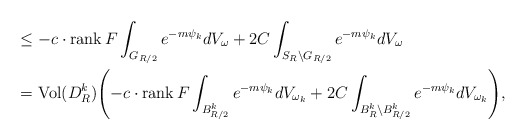
\begin{align*} &\leq-c\cdot\mathrm{rank}\,F\int_{G_{R/2}}e^{-m\psi_k}dV_\omega+2C\int_{S_R\setminus G_{R/2}}e^{-m\psi_k}dV_\omega\\ &= \mathrm{Vol}(D^k_R)\Biggl(-c\cdot\mathrm{rank}\,F\int_{B^k_{R/2}}e^{-m\psi_k}dV_{\omega_k}+2C\int_{B^k_R\setminus B^k_{R/2}}e^{-m\psi_k}dV_{\omega_k}\Biggr), \end{align*}